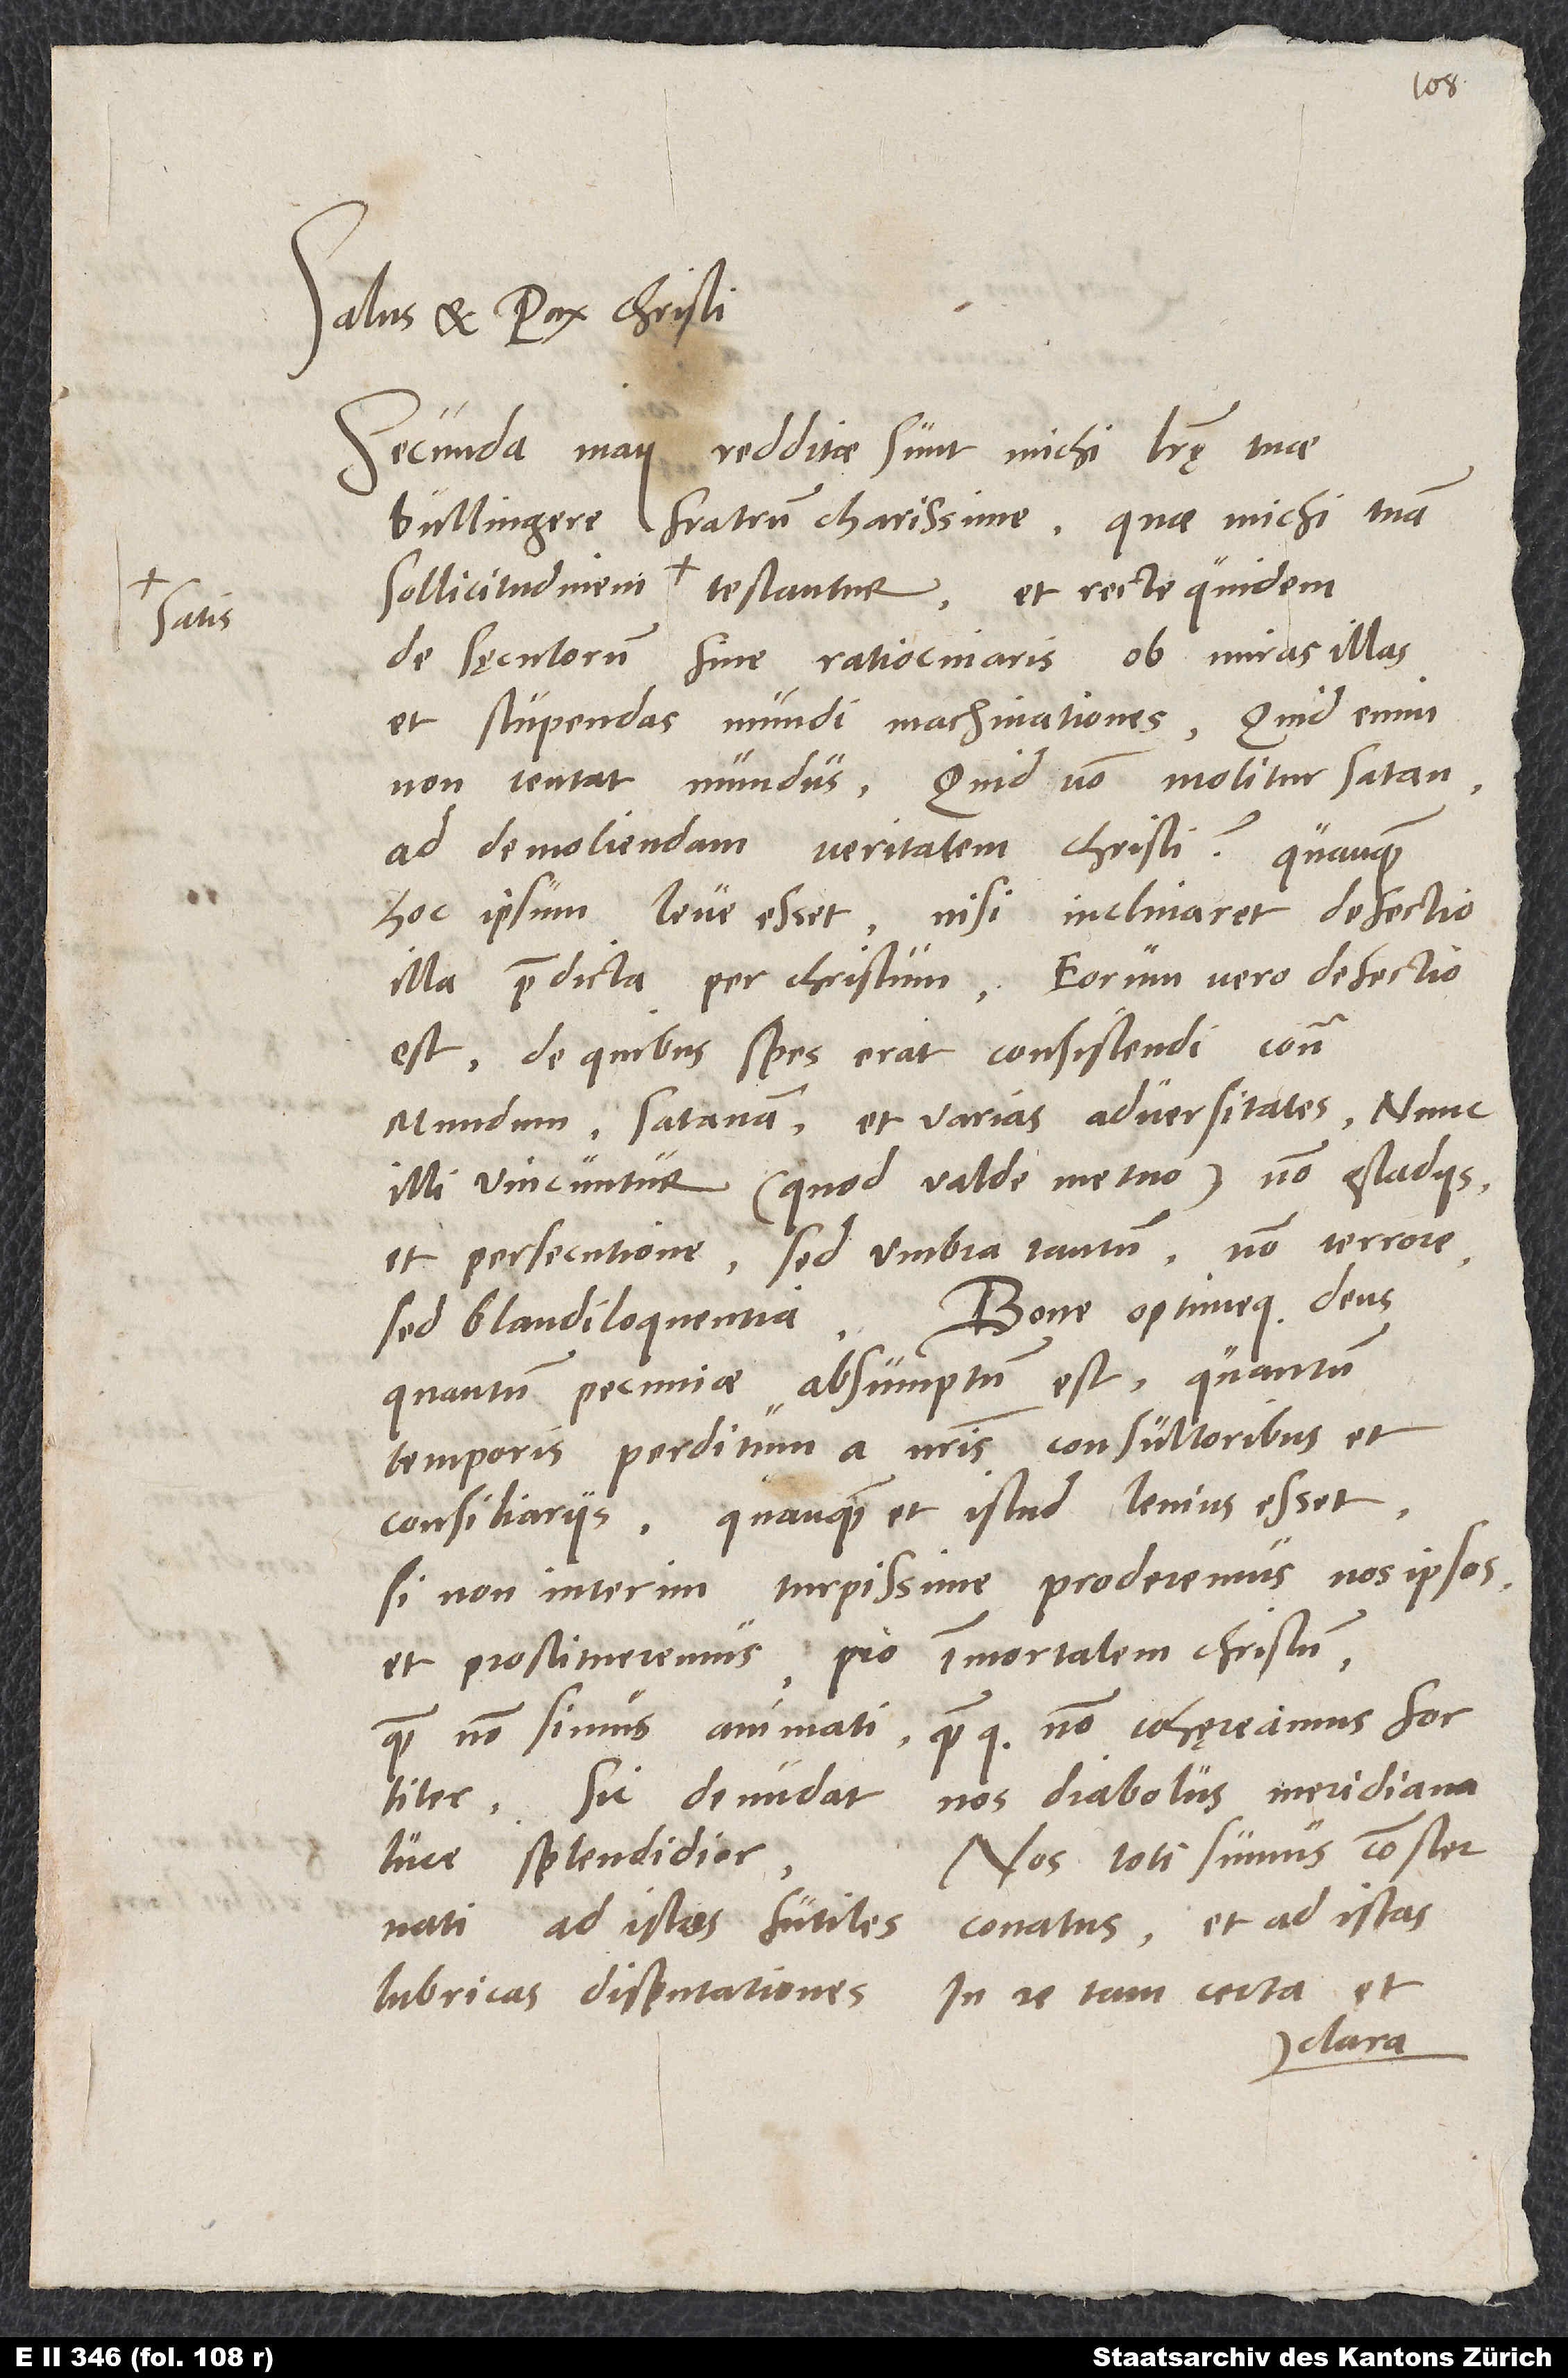
Tuus

Salus et pax Christi.
Secunda maii redditae sunt michi literę tuae,
Bullingere, fratrum charissime, quae michi tuam
sollicitudinem satis testantur. Et recte quidem
de sęculorum fine ratiocinaris ob miras illas
et stupendas mundi machinationes; quid enim
non tentat mundus, quid non molitur satan
ad demoliendam veritatem Christi? Quanquam
hoc ipsum leve esset, nisi inclinaret defectio
illa praedicta per Christum. Eorum vero defectio
est, de quibus spes erat consistendi contra
mundum, satanam et varias adversitates; nunc
illi vincuntur (quod valde metuo) non gladiis
et persecutione, sed umbra tantum, non terrore,
sed blandiloquentia. Bone optimeque deus,
quantum pecuniae absumptum est, quantum
temporis perditum a nostris consultoribus et
consiliariis, quanquam et istud lenius esset,
si non interim turpissime proderemus nos ipsos
et prostitueremus. Pro immortalem Christum,
quam non simus animati quamque non cohęreamus fortiter,
nos diabolus meridiana
sic denudat
Nos toti sumus consternati
luce splendidior.
conatus et ad istas
ad istos futiles
in re tam certa et
lubricas disputationes
clara.